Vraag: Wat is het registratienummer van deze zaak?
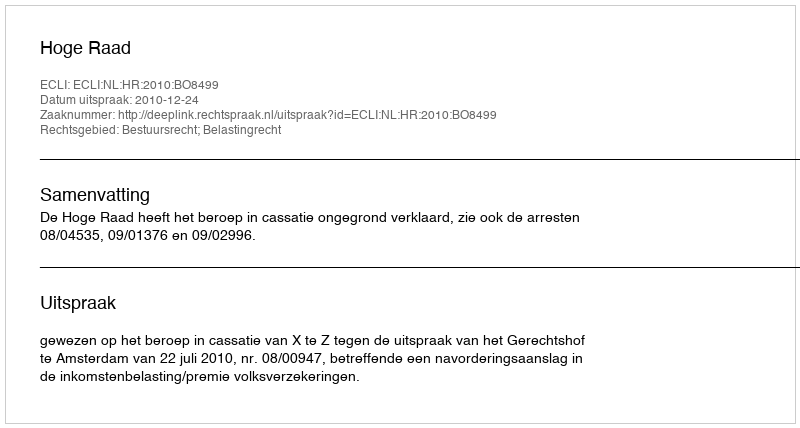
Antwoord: http://deeplink.rechtspraak.nl/uitspraak?id=ECLI:NL:HR:2010:BO8499